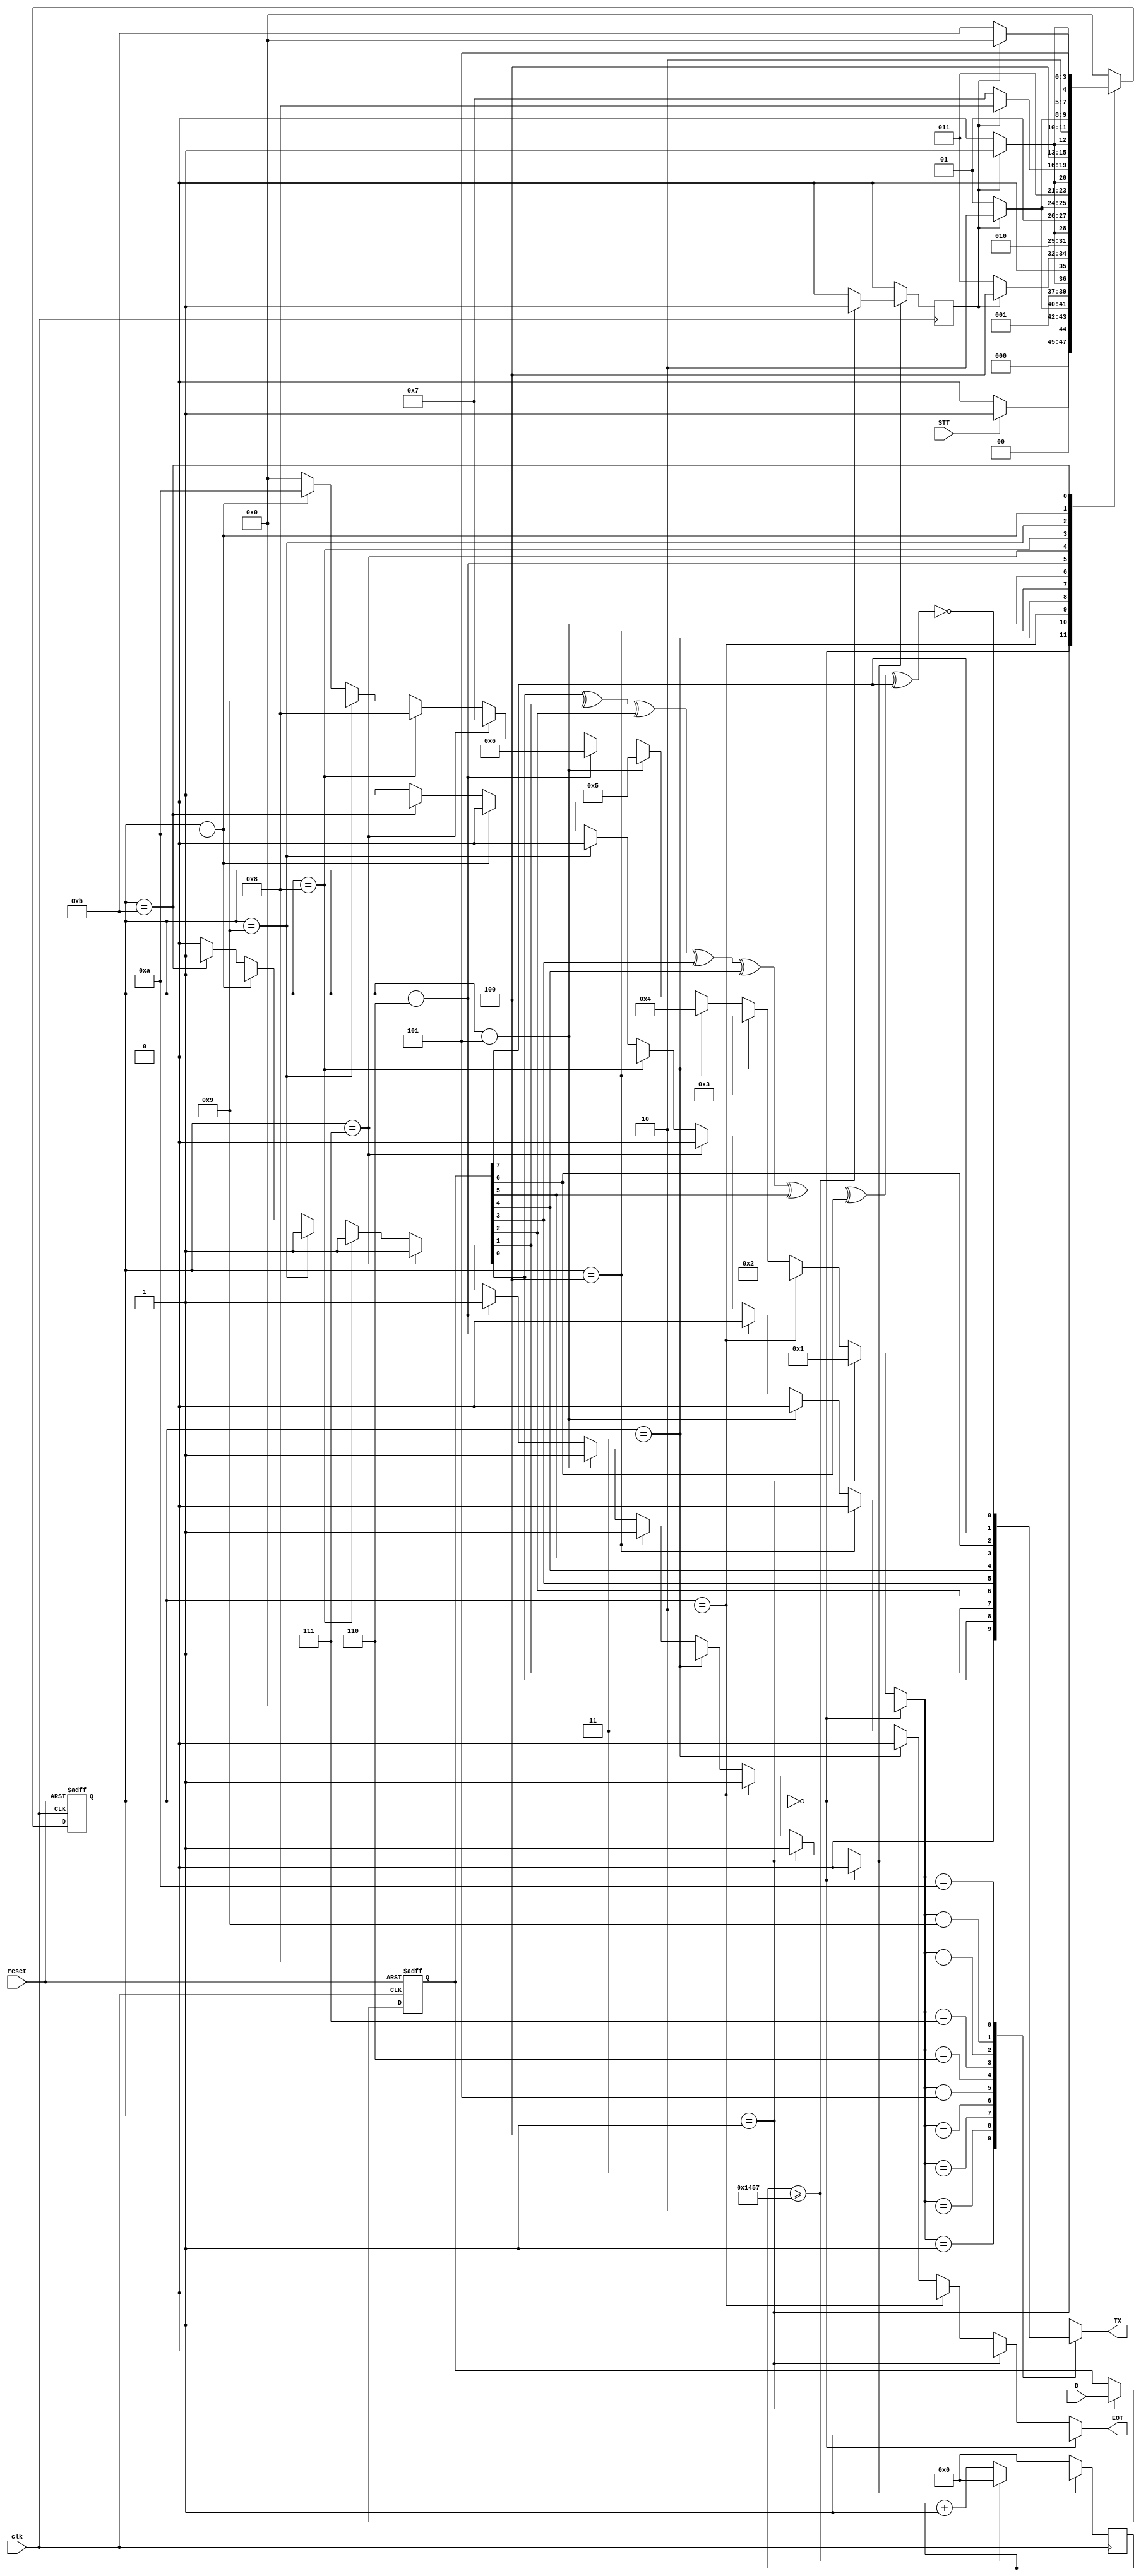
`timescale 1ns / 1ps

module RS232_TX(D, reset, clk, EOT, STT, TX);

parameter BaudRate=9600;
parameter reloj=50000000;
parameter conta=reloj/BaudRate;

input clk,reset,STT;
input [7:0] D;
output reg TX, EOT;

reg B,enable;	  				//Pulso Buad Rate emisor
reg [12:0] k;
reg [3:0] estado, nex_estado,M; 
reg [7:0] Dreg;
wire P;

always @(estado)
	begin
		if(estado == 0) begin EOT<=1'b1;	M<=4'b0000; enable<=1'b0;			end
		else if(estado == 1) begin EOT<=1'b0; M<=4'b0001; enable<=1'b1;	end
		else if(estado == 2) begin EOT<=1'b0; M<=4'b0010; enable<=1'b1;	end
		else if(estado == 3) begin EOT<=1'b0; M<=4'b0011; enable<=1'b1;	end
		else if(estado == 4) begin EOT<=1'b0; M<=4'b0100; enable<=1'b1;	end
		else if(estado == 5) begin EOT<=1'b0; M<=4'b0101; enable<=1'b1;	end
		else if(estado == 6) begin EOT<=1'b0; M<=4'b0110; enable<=1'b1;	end
		else if(estado == 7) begin EOT<=1'b0; M<=4'b0111; enable<=1'b1;	end
		else if(estado == 8) begin EOT<=1'b0; M<=4'b1000; enable<=1'b1;	end
		else if(estado == 9) begin EOT<=1'b0; M<=4'b1001; enable<=1'b1;	end
		else if(estado == 10) begin EOT<=1'b0; M<=4'b1010; enable<=1'b1;	end
		else if(estado == 11) begin EOT<=1'b0; M<=4'b0000; enable<=1'b1;	end
		else begin EOT<=1'b1; M<=4'b0000; enable<=1'b0; end
	end

always @(M,Dreg,P)
	begin
		case (M)
			4'b0000: TX<=1'b1;
			4'b0001: TX<=1'b0;
			4'b0010: TX<=Dreg[0];
			4'b0011: TX<=Dreg[1];
			4'b0100: TX<=Dreg[2];
			4'b0101: TX<=Dreg[3];
			4'b0110: TX<=Dreg[4];
			4'b0111: TX<=Dreg[5];
			4'b1000: TX<=Dreg[6];
			4'b1001: TX<=Dreg[7];
			4'b1010: TX<=P;
			default: TX<=1'b1;
		endcase
	end

always @(posedge clk) // generacin de la seal Baudio
begin
	if (enable==1'b1)
   begin
		if (k>=(conta-1))
      begin
			k<=0;
         B<=1'b1;
      end
      else
		begin
			k<=k+1'b1;
         B<=1'b0;
      end
	end    
   else     
   begin
		k<=0;
      B<=0;
   end
end

assign P=~(Dreg[0]^Dreg[1]^Dreg[2]^Dreg[3]^Dreg[4]^Dreg[5]^Dreg[6]^Dreg[7]);	
		
always @(posedge clk, posedge reset)
begin
	if (reset) 
		estado<=0; 
	else 
		estado<=nex_estado;
end

always @(posedge clk, posedge reset)
begin
	if (reset)	
		Dreg<=0;
	else if (estado==1) 
		Dreg<=D;
	else 
		Dreg<=Dreg;
end

always @(estado or STT or B)
begin
	case (estado)
		0: begin
			if (STT)	nex_estado<=1;	else nex_estado<=0;
		end
		1: begin
			if (B) nex_estado<=2; else	nex_estado<=1;
		end
		2: begin
			if (B) nex_estado<=3; else	nex_estado<=2;
		end	
		3: begin
			if (B) nex_estado<=4; else	nex_estado<=3;
		end		 
		4: begin
			if (B) nex_estado<=5; else	nex_estado<=4;
		end	
		5: begin
			if (B) nex_estado<=6; else	nex_estado<=5;
		end	
		6: begin
			if (B) nex_estado<=7; else	nex_estado<=6;
		end
		7: begin
			if (B) nex_estado<=8; else	nex_estado<=7;
		end	
		8: begin
			if (B) nex_estado<=9; else	nex_estado<=8;
		end	
		9: begin
			if (B) nex_estado<=10; else nex_estado<=9;
		end	
		10: begin
			if (B) nex_estado<=11;	else	nex_estado<=10;
		end
		11: begin
			if (B) nex_estado<=0;	else	nex_estado<=11;
		end	
		default: nex_estado<=0;
	endcase
end

endmodule